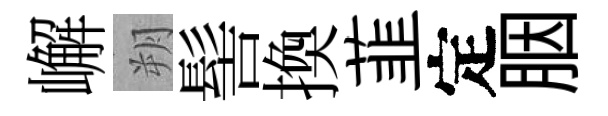
嶰朔髻換韮定胭